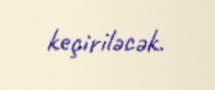
keçiriləcək.